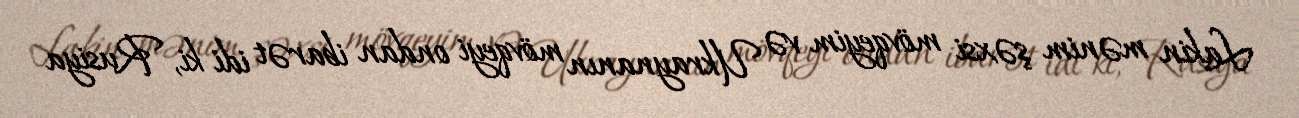
Lakin mənim şəxsi mövqeyim və Ukraynanın mövqeyi ondan ibarət idi ki, Rusiya